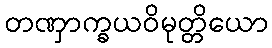
တဏှာက္ခယဝိမုတ္တိယော